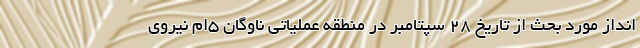
انداز مورد بحث از تاریخ 28 سپتامبر در منطقه عملیاتی ناوگان 5ام نیروی